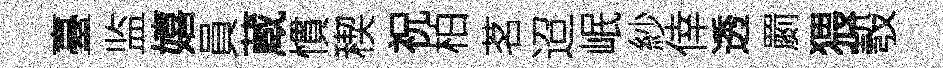
臺监嬉員蔵慣稧祝柏茗迢岷紗倖透罽猥彀